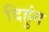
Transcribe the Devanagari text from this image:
दिहुंग